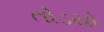
તોડયો